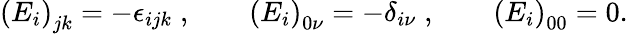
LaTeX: \left(E_{i}\right)_{jk}=-\epsilon_{ijk}\; ,\qquad\left(E_{i}\right)_{0\nu}=-\delta_{i\nu}\; ,\qquad\left(E_{i}\right)_{00}=0.